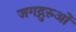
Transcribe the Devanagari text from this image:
जगद्गुरुओं